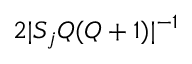
2 | S _ { j } Q ( Q + 1 ) | ^ { - 1 }